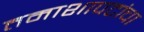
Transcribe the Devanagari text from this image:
तमाशापटांचा